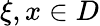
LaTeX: \xi,x\in D